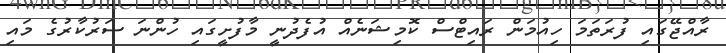
ރާއްޖޭގައި ފުރަތަމަ ހިއުމަން ރައިޓްސް ކޮމިޝަނެއް އުފެދުނީ މާފުށީގައި ހުންނަ ސަރުކާރުގެ މައި